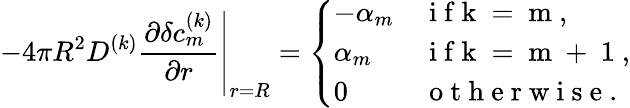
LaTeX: -4\pi R^{2}D^{(k)}\left.\frac{\partial\delta c_{m}^{(k)}}{\partial r}\right|_{r=R}=\left\{ \begin{array}{ll}{-\alpha_{m}}&{\mathrm{~i~f~k~=~m~},}\\ {\alpha_{m}}&{\mathrm{~i~f~k~=~m~+~1~},}\\ {0}&{\mathrm{~o~t~h~e~r~w~i~s~e~}.}\end{array}\right.